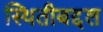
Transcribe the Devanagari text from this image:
स्थितीबद्दल